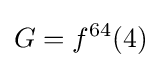
G=f^{64}(4)